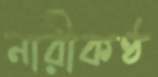
নারীকণ্ঠ